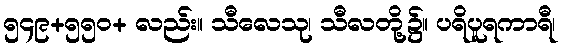
၅၄၉+၅၅၀+ လည်း။ သီလေသု၊ သီလတို့၌။ ပရိပူရကာရီ၊